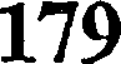
179